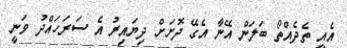
އެއީ ތެދެއްތޯ ބަލަން އޭނާ އެގޭ ދޮށަށް ދިޔައިރު އެ ސަރަހައްދު ވަނީ